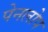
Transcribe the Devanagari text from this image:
पेनलोप